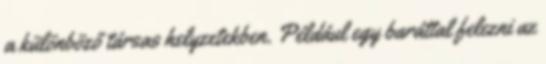
a különböző társas helyzetekben. Például egy baráttal felezni az